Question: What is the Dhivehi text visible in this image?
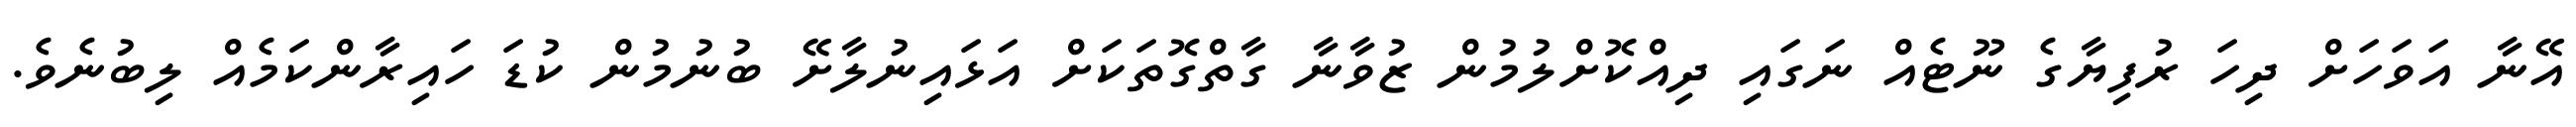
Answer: އޭނާ އަވަހަށް ދިހަ ރުފިޔާގެ ނޫޓެއް ނަގައި ދިއްކޮށްލުމުން ޒުވާނާ ގާތްގޮތަކަށް އަޅައިނުލާށޭ ބުނުމުން ކުޑަ ހައިރާންކަމެއް ލިބުނެވެ.